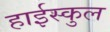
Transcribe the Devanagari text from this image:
हाईस्कुल